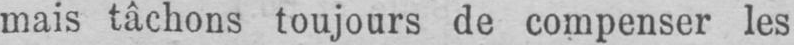
mais tâchons toujours de compenser les